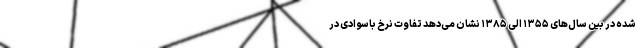
شده در بین سال‌های ۱۳۵۵ الی ۱۳۸۵ نشان می‌دهد تفاوت نرخ باسوادی در